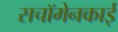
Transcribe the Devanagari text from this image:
सचॉमेनकाई